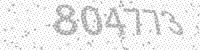
Solution: 804773